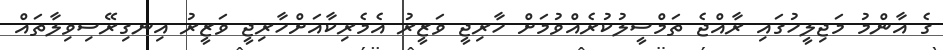
ގެ އާންމު މަޖިލީހުގައި ރާއްޖެ ތަމްސީލުކުރެއްވުމަށް ހާރިޖީ ވަޒީރު އެމެރިކާއަށްހާރިޖީ ވަޒީރު އިނގިރޭސިވިލާތައް